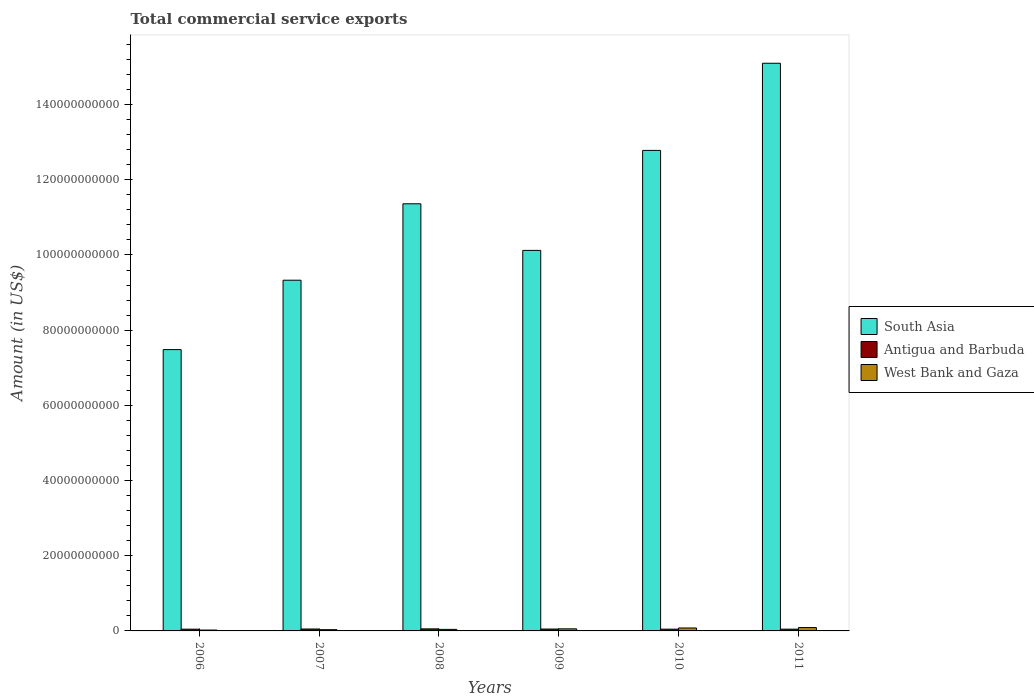
| Years | South Asia | Antigua and Barbuda | West Bank and Gaza |
 | --- | --- | --- | --- |
 | 2006 | 7.48e+10 | 4.62e+08 | 2.32e+08 |
 | 2007 | 9.33e+10 | 5.1e+08 | 3.35e+08 |
 | 2008 | 1.14e+11 | 5.47e+08 | 4.08e+08 |
 | 2009 | 1.01e+11 | 4.99e+08 | 5.57e+08 |
 | 2010 | 1.28e+11 | 4.66e+08 | 7.83e+08 |
 | 2011 | 1.51e+11 | 4.69e+08 | 8.92e+08 |